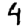
Digit: 4